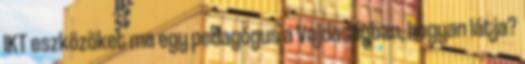
IKT eszközöket ma egy pedagógus a Vajdaságban, hogyan látja?